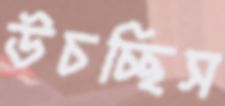
উচচ্ছিস